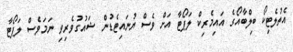
އެތުލެޓިކޯ ބިލްބާއޯގެ އައިމެރިކް ލަޕޯޓާ އަށް ވެސް ޔުނައިޓެޑުން ޝައުގުވެރިވި ނަމަވެސް ލަޕޯޓާ